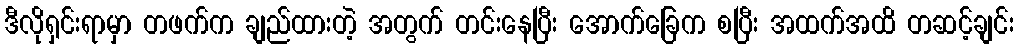
ဒီလိုရှင်းရာမှာ တဖက်က ချည်ထားတဲ့ အတွက် တင်းနေပြီး အောက်ခြေက စပြီး အထက်အထိ တဆင့်ချင်း